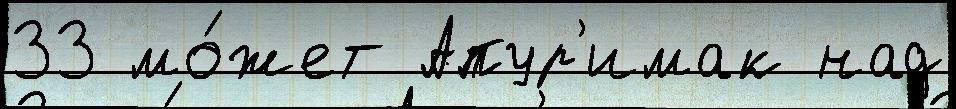
33 мо́жет Апур'имак над